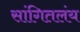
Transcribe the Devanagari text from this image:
सांगितलंय